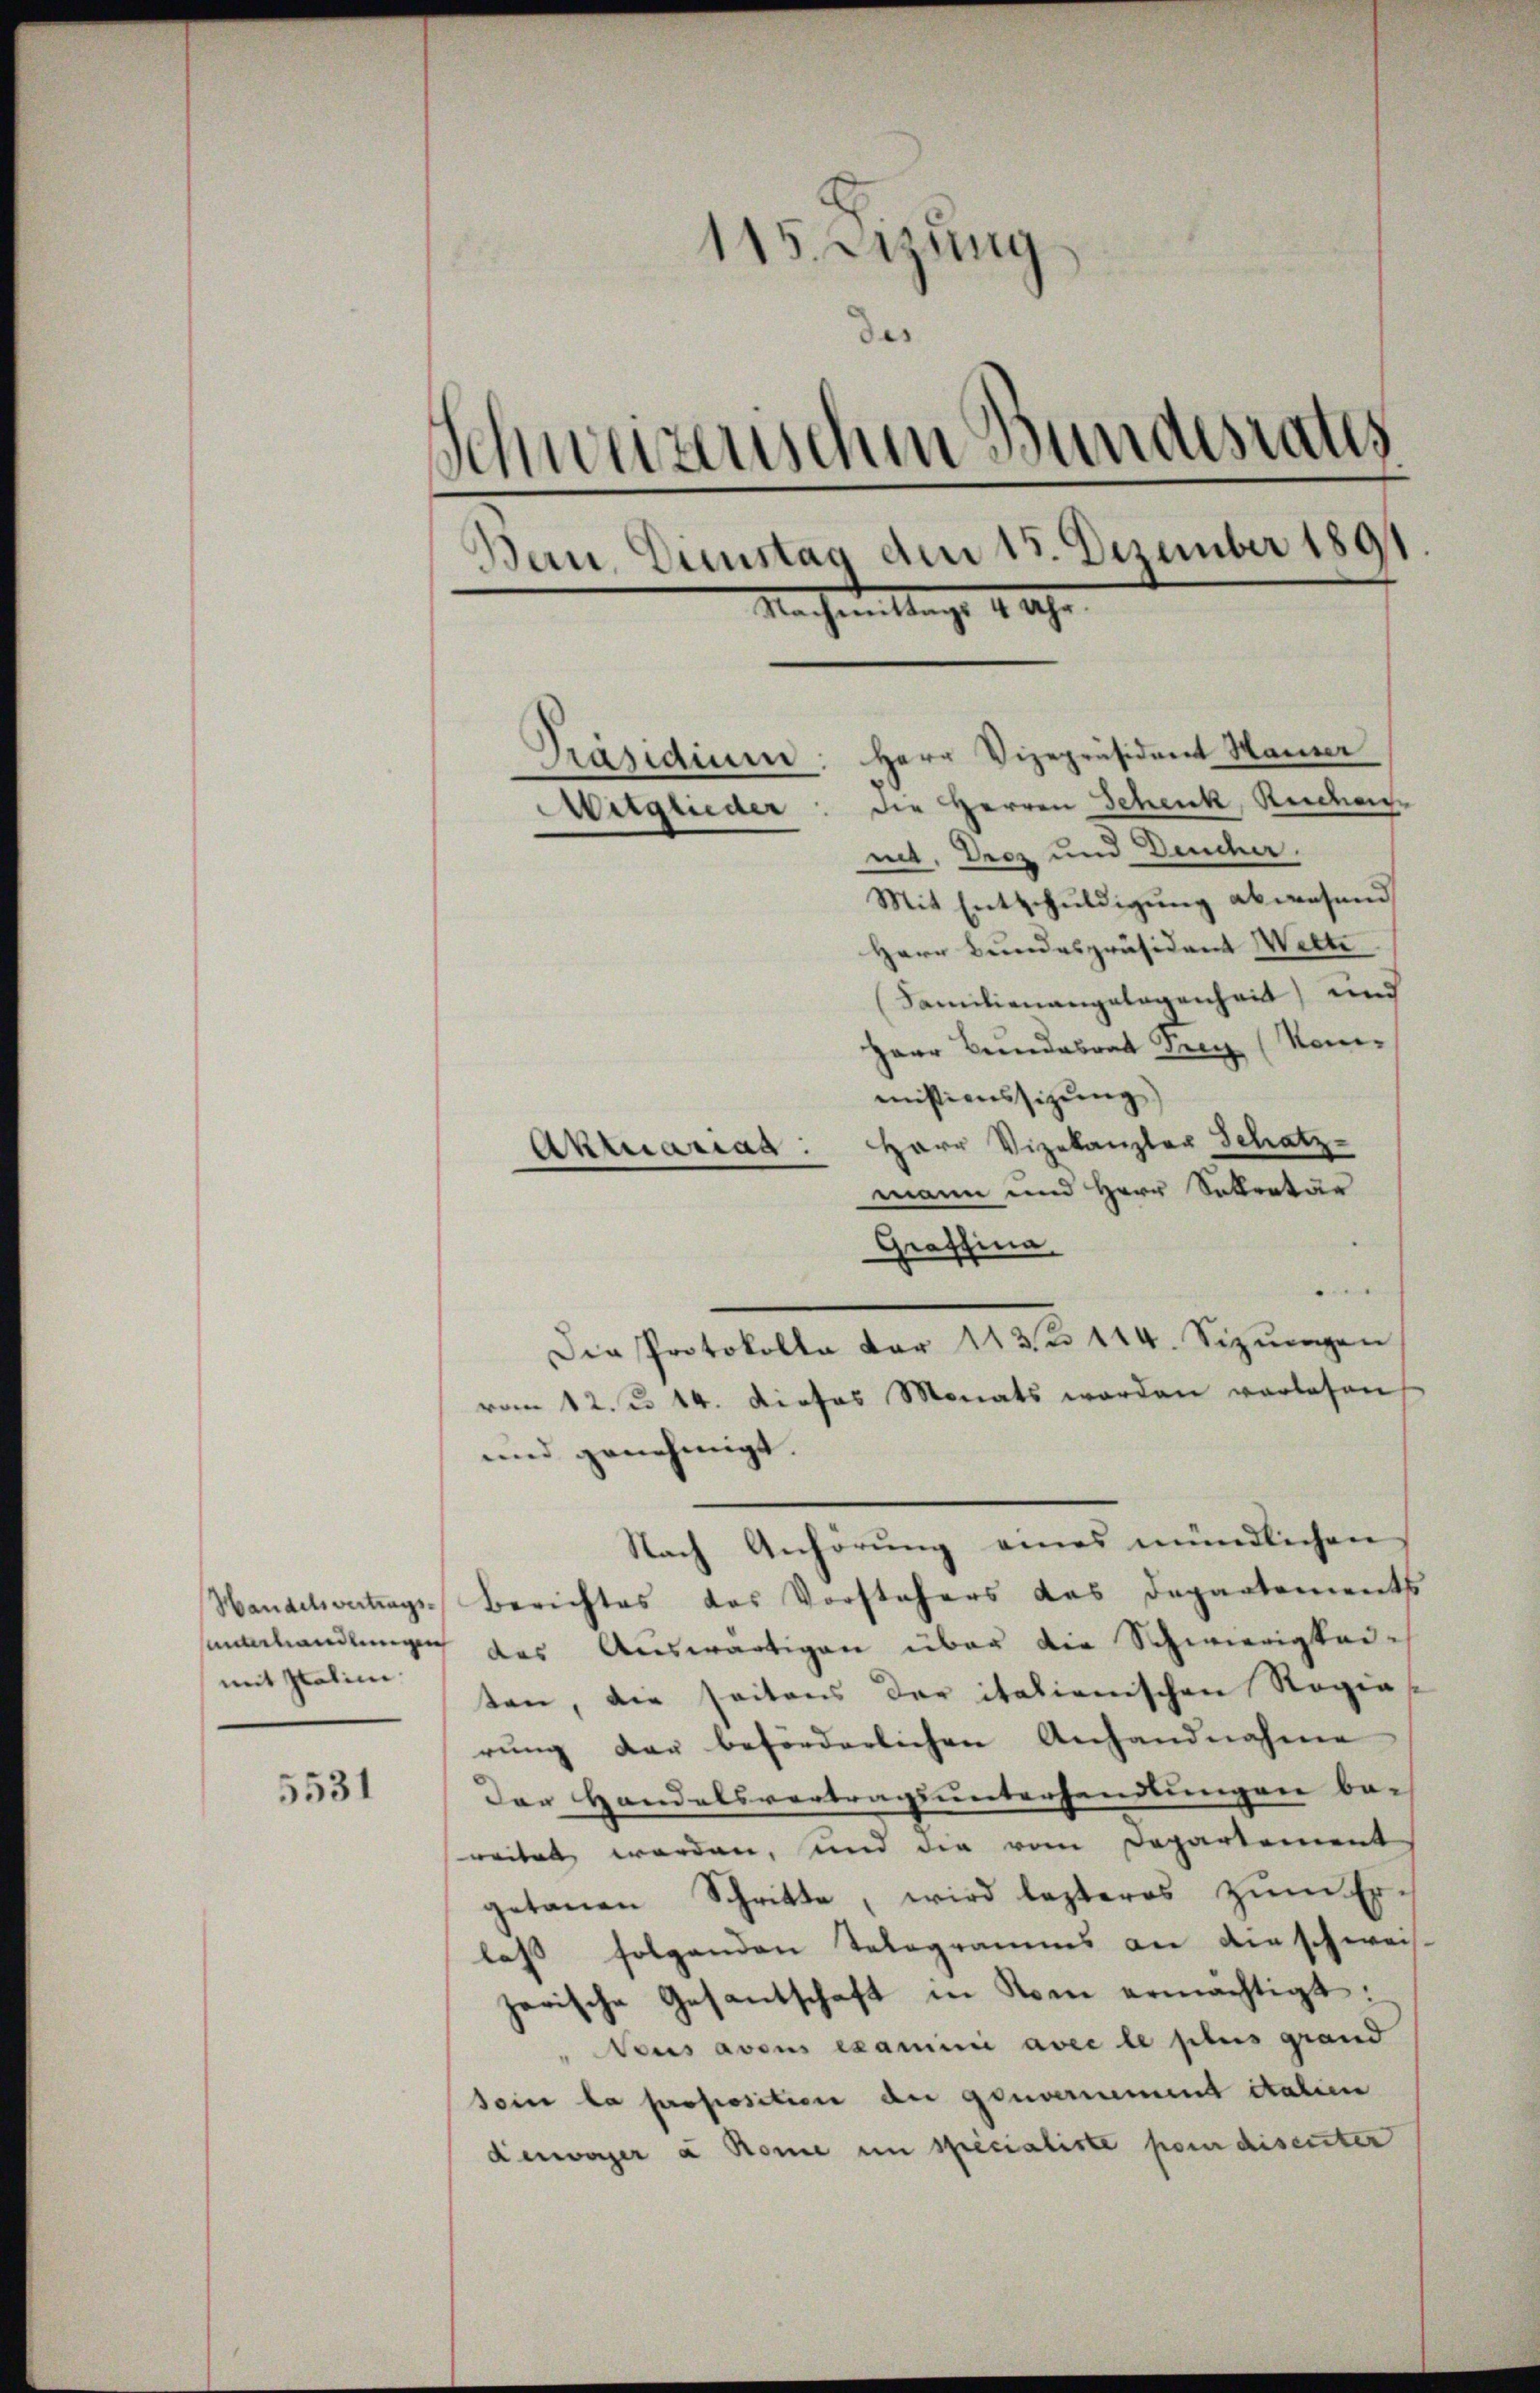
mit Italine.

5531

115. Sizung
des
Schweizerischen Bundesraths
Bau, Dienstag dem 15. Dezember 1891
Nachmittags 1 Uhr
Präsidium: Herr Vizepräsident Hamer
Mitglieder: die Herren Schenk, Reichen
met. Diez und Deucher.

Mit Entschuldigung abwesend
Herr Bundespräsident Welte
Familienangelegenheit und
Herr Bundesrat Sieg (Nomissionssizung)
Aktuariag: Herr Vizekanzler Schatz-
mann und Herr Sekretär
Graffina
Die Protokolle vor 113 144. Sizŭngen
vom 12. d. 14. dieses Monats werden vorlesen,
und genehmigt.
Nach Anhörung eines mündlichen
Handelsvertrags-Berichtes das Vorstehers das Departements
shandlungen das Auswärtigen über die Schwierigkeiten, die seitens der italienischen Regie
rung der beförderlichen Anhandnahme
Der Handelsvertragsunterhandlungen be-
reitet werden, und die vom Departement
getanen Schritte, wird lezteres zŭm Erlass folgenden Telegramms an die schweis-
zerische Gesantschaft in Rom ermächtigt:
NNous avous examini avec le plus grand
sein la proposition der gouvernement italien
denwager a Rome in specialiste pour disenter